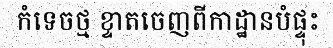
កំទេចថ្ម ខ្ទាតចេញពីកាដ្ឋានបំផ្ទុះ